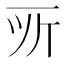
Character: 𫝂